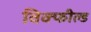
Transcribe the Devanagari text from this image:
विक्फील्ड